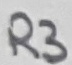
Text: R3